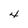
Character: 4